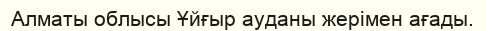
Алматы облысы Ұйғыр ауданы жерімен ағады.